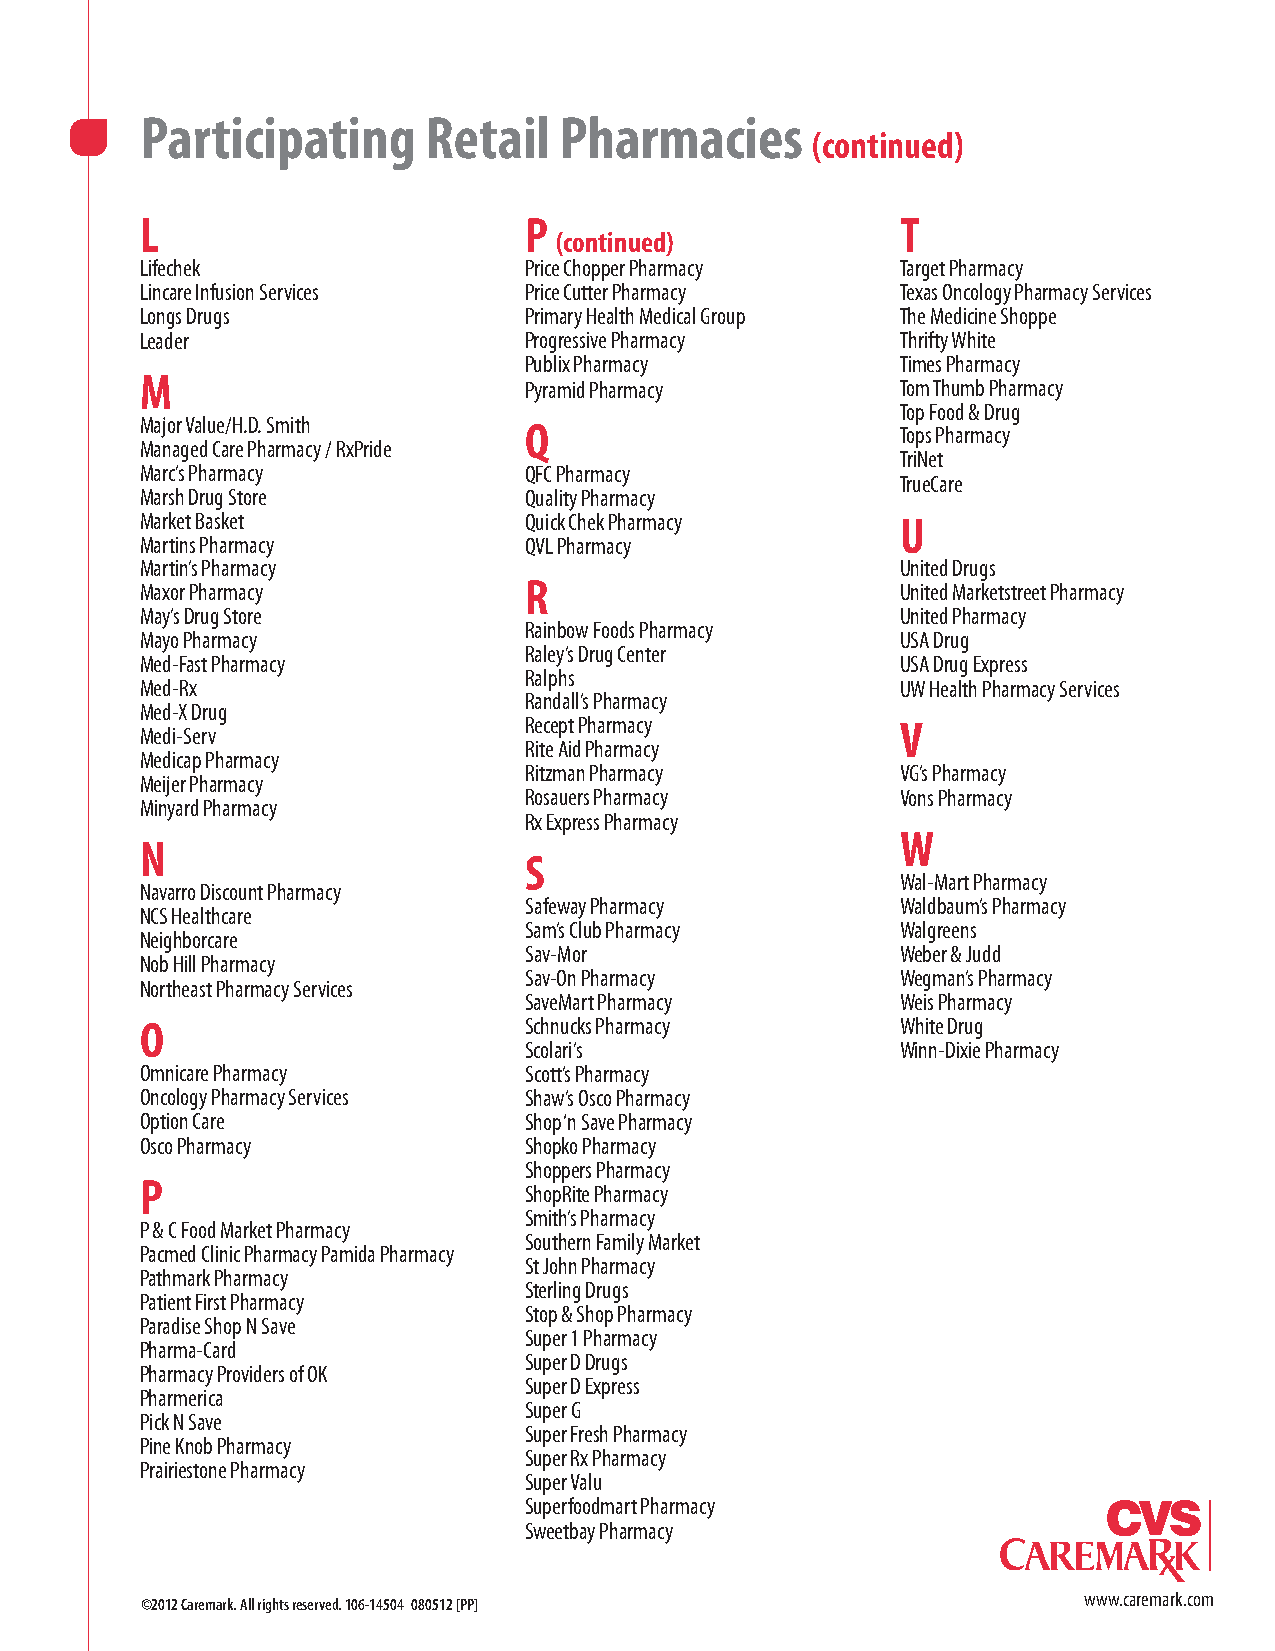
Participating      Retail   Pharmacies
 (continued)
 L                         P                        T
 (continued)
 Lifechek                  Price Chopper Pharmacy   Target Pharmacy
 Lincare Infusion Services Price Cutter Pharmacy    Texas Oncology Pharmacy Services
 Longs Drugs               Primary Health Medical Group The Medicine Shoppe
 Leader                    Progressive Pharmacy     Thrifty White
 Publix Pharmacy          Times Pharmacy
 M
 Pyramid Pharmacy         Tom Thumb Pharmacy
 Top Food & Drug
 Major Value/H.D. Smith    Q                        Tops Pharmacy
 Managed Care Pharmacy / RxPride
 TriNet
 Marc’s Pharmacy           QFC Pharmacy
 TrueCare
 Marsh Drug Store          Quality Pharmacy
 Market Basket             Quick Chek Pharmacy      U
 Martins Pharmacy          QVL Pharmacy
 Martin’s Pharmacy                                  United Drugs
 R
 Maxor Pharmacy                                     United Marketstreet Pharmacy
 May’s Drug Store                                   United Pharmacy
 Rainbow Foods Pharmacy
 Mayo Pharmacy                                      USA Drug
 Raley’s Drug Center
 Med-Fast Pharmacy                                  USA Drug Express
 Ralphs
 Med-Rx                                             UW Health Pharmacy Services
 Randall’s Pharmacy
 Med-X Drug
 Recept Pharmacy          V
 Medi-Serv
 Rite Aid Pharmacy
 Medicap Pharmacy
 Ritzman Pharmacy         VG’s Pharmacy
 Meijer Pharmacy
 Rosauers Pharmacy        Vons Pharmacy
 Minyard Pharmacy
 Rx Express Pharmacy
 W
 N
 S
 Wal-Mart Pharmacy
 Navarro Discount Pharmacy
 Safeway Pharmacy         Waldbaum’s Pharmacy
 NCS Healthcare
 Sam’s Club Pharmacy      Walgreens
 Neighborcare
 Sav-Mor                  Weber & Judd
 Nob Hill Pharmacy
 Sav-On Pharmacy          Wegman’s Pharmacy
 Northeast Pharmacy Services
 SaveMart Pharmacy        Weis Pharmacy
 O                         Schnucks Pharmacy        White Drug
 Scolari’s                Winn-Dixie Pharmacy
 Omnicare Pharmacy         Scott’s Pharmacy
 Oncology Pharmacy Services Shaw’s Osco Pharmacy
 Option Care               Shop ‘n Save Pharmacy
 Osco Pharmacy             Shopko Pharmacy
 Shoppers Pharmacy
 P
 ShopRite Pharmacy
 Smith’s Pharmacy
 P & C Food Market Pharmacy
 Southern Family Market
 Pacmed Clinic Pharmacy Pamida Pharmacy
 St John Pharmacy
 Pathmark Pharmacy
 Sterling Drugs
 Patient First Pharmacy
 Stop & Shop Pharmacy
 Paradise Shop N Save
 Super 1 Pharmacy
 Pharma-Card
 Super D Drugs
 Pharmacy Providers of OK
 Super D Express
 Pharmerica
 Super G
 Pick N Save
 Super Fresh Pharmacy
 Pine Knob Pharmacy
 Super Rx Pharmacy
 Prairiestone Pharmacy
 Super Valu
 Superfoodmart Pharmacy
 Sweetbay Pharmacy
 www.caremark.com
 ©2012 Caremark. All rights reserved. 106-14504 080512 [PP]